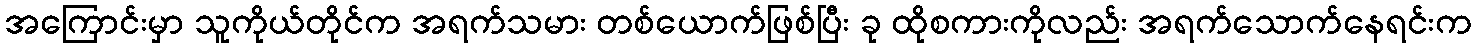
အကြောင်းမှာ သူကိုယ်တိုင်က အရက်သမား တစ်ယောက်ဖြစ်ပြီး ခု ထိုစကားကိုလည်း အရက်သောက်နေရင်းက